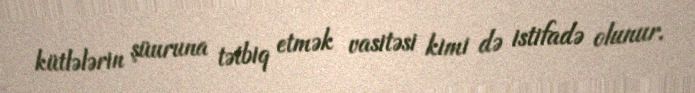
kütlələrin şüuruna tətbiq etmək vasitəsi kimi də istifadə olunur.